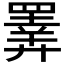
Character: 𢍰